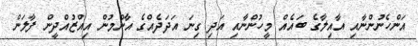
އަންހެނުންނާއި އާއިލާގެ ބައެއް މީހުންނާއި އަދި ގިނަ އަދަދެއްގެ އާންމުން އިއްޒުއްދީން ފާލަން